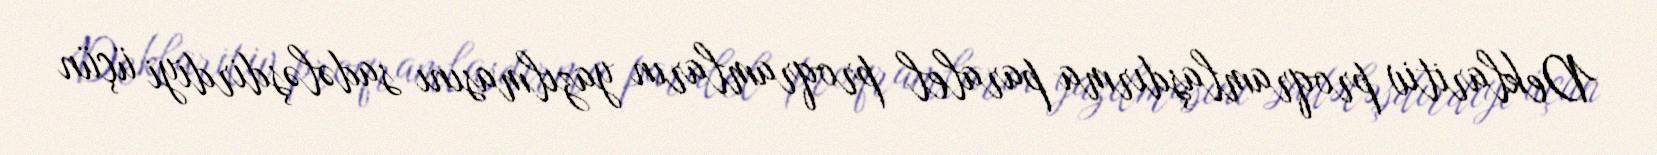
Deklaritiv proqramlaşdırma paralel proqramların yazılmasını sadələşdirdiyi üçün